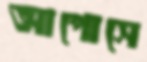
আপোসে